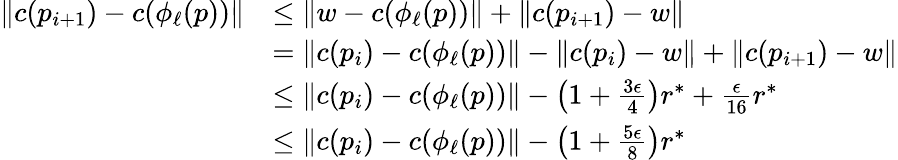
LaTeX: \begin{array}{rl}{\lVert c(p_{i+1})-c(\phi_{\ell}(p))\rVert}&{\leq\lVert w-c(\phi_{\ell}(p))\rVert+\lVert c(p_{i+1})-w\rVert}\\ &{=\lVert c(p_{i})-c(\phi_{\ell}(p))\rVert-\lVert c(p_{i})-w\rVert+\lVert c(p_{i+1})-w\rVert}\\ &{\leq\lVert c(p_{i})-c(\phi_{\ell}(p))\rVert-\left(1+\frac{3\epsilon}{4}\right)r^{*}+\frac{\epsilon}{16}r^{*}}\\ &{\leq\lVert c(p_{i})-c(\phi_{\ell}(p))\rVert-\left(1+\frac{5\epsilon}{8}\right)r^{*}}\end{array}